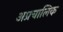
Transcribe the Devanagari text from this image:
अप्रचालिक